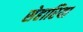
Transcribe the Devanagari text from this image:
सेहारिया